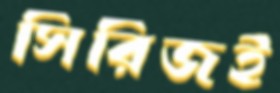
সিরিজই